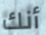
أنك